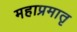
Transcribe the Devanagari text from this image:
महाप्रमातृ